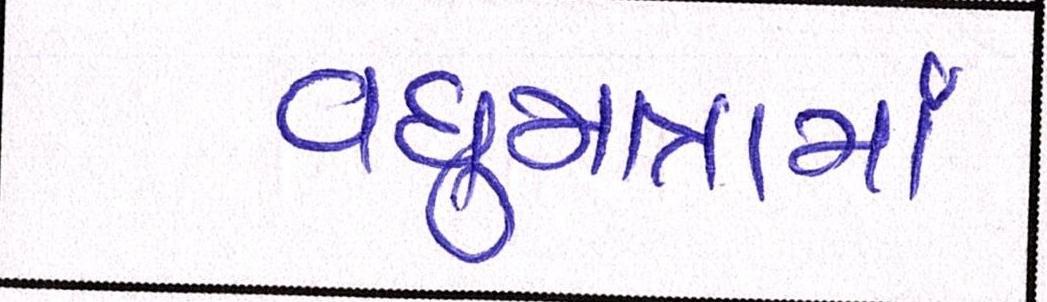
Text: વધુમાત્રામાં